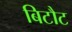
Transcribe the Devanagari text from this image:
बिटौट